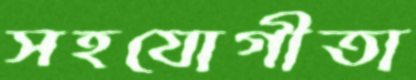
সহযোগীতা